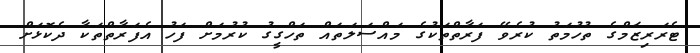
ޓެރަރިޒަމްގެ ތުހުމަތު ކުރެވޭ ފަރާތްތަކުގެ މައްސަލަތައް ތަހްގީގު ކުރުމަށް ފަހު އެފަރާތްތަކާ ދެކޮޅަށް